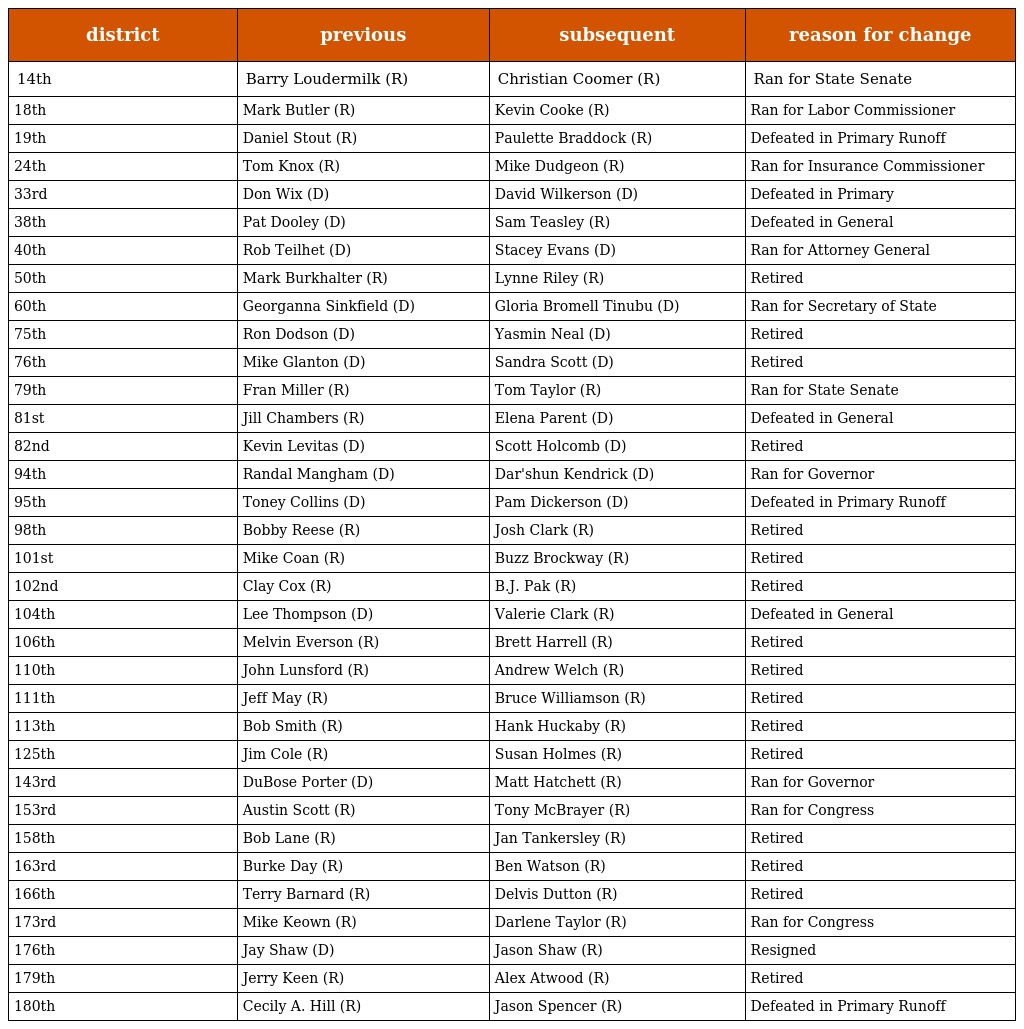
| district | previous | subsequent | reason for change |
 | --- | --- | --- | --- |
 | 14th | Barry Loudermilk (R) | Christian Coomer (R) | Ran for State Senate |
 | 18th | Mark Butler (R) | Kevin Cooke (R) | Ran for Labor Commissioner |
 | 19th | Daniel Stout (R) | Paulette Braddock (R) | Defeated in Primary Runoff |
 | 24th | Tom Knox (R) | Mike Dudgeon (R) | Ran for Insurance Commissioner |
 | 33rd | Don Wix (D) | David Wilkerson (D) | Defeated in Primary |
 | 38th | Pat Dooley (D) | Sam Teasley (R) | Defeated in General |
 | 40th | Rob Teilhet (D) | Stacey Evans (D) | Ran for Attorney General |
 | 50th | Mark Burkhalter (R) | Lynne Riley (R) | Retired |
 | 60th | Georganna Sinkfield (D) | Gloria Bromell Tinubu (D) | Ran for Secretary of State |
 | 75th | Ron Dodson (D) | Yasmin Neal (D) | Retired |
 | 76th | Mike Glanton (D) | Sandra Scott (D) | Retired |
 | 79th | Fran Miller (R) | Tom Taylor (R) | Ran for State Senate |
 | 81st | Jill Chambers (R) | Elena Parent (D) | Defeated in General |
 | 82nd | Kevin Levitas (D) | Scott Holcomb (D) | Retired |
 | 94th | Randal Mangham (D) | Dar'shun Kendrick (D) | Ran for Governor |
 | 95th | Toney Collins (D) | Pam Dickerson (D) | Defeated in Primary Runoff |
 | 98th | Bobby Reese (R) | Josh Clark (R) | Retired |
 | 101st | Mike Coan (R) | Buzz Brockway (R) | Retired |
 | 102nd | Clay Cox (R) | B.J. Pak (R) | Retired |
 | 104th | Lee Thompson (D) | Valerie Clark (R) | Defeated in General |
 | 106th | Melvin Everson (R) | Brett Harrell (R) | Retired |
 | 110th | John Lunsford (R) | Andrew Welch (R) | Retired |
 | 111th | Jeff May (R) | Bruce Williamson (R) | Retired |
 | 113th | Bob Smith (R) | Hank Huckaby (R) | Retired |
 | 125th | Jim Cole (R) | Susan Holmes (R) | Retired |
 | 143rd | DuBose Porter (D) | Matt Hatchett (R) | Ran for Governor |
 | 153rd | Austin Scott (R) | Tony McBrayer (R) | Ran for Congress |
 | 158th | Bob Lane (R) | Jan Tankersley (R) | Retired |
 | 163rd | Burke Day (R) | Ben Watson (R) | Retired |
 | 166th | Terry Barnard (R) | Delvis Dutton (R) | Retired |
 | 173rd | Mike Keown (R) | Darlene Taylor (R) | Ran for Congress |
 | 176th | Jay Shaw (D) | Jason Shaw (R) | Resigned |
 | 179th | Jerry Keen (R) | Alex Atwood (R) | Retired |
 | 180th | Cecily A. Hill (R) | Jason Spencer (R) | Defeated in Primary Runoff |